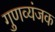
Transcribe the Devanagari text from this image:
गुणव्यंजक